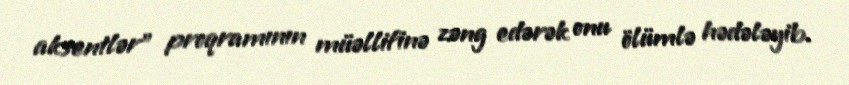
aksentlər” proqramının müəllifinə zəng edərək onu ölümlə hədələyib.